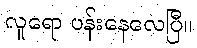
လူရော ပန်းနေလေပြီ။